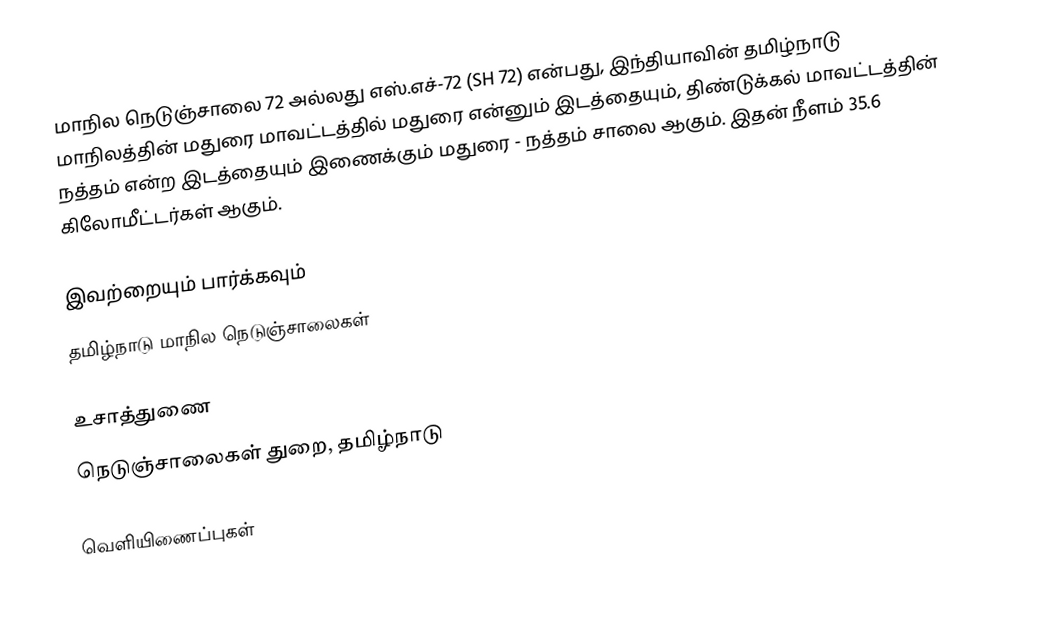
மாநில நெடுஞ்சாலை 72 அல்லது எஸ்.எச்-72 (SH 72) என்பது, இந்தியாவின் தமிழ்நாடு மாநிலத்தின் மதுரை மாவட்டத்தில் மதுரை என்னும் இடத்தையும், திண்டுக்கல் மாவட்டத்தின் நத்தம் என்ற இடத்தையும் இணைக்கும் மதுரை - நத்தம் சாலை ஆகும். இதன் நீளம் 35.6  கிலோமீட்டர்கள் ஆகும்.

இவற்றையும் பார்க்கவும்
 தமிழ்நாடு மாநில நெடுஞ்சாலைகள்

உசாத்துணை
 நெடுஞ்சாலைகள் துறை, தமிழ்நாடு

வெளியிணைப்புகள்